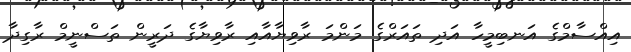
އިއްސާމްގެ އަނބިމީހާ އަދި ތައަރްގެ މަންމަ ރާވިޔާއާއި ރާވިޔާގެ ދަރީން ތަސްނީމް ރާގިދާ